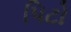
પિટો